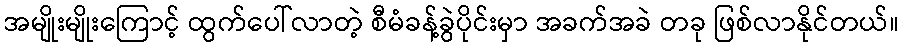
အမျိုးမျိုးကြောင့် ထွက်ပေါ်လာတဲ့ စီမံခန့်ခွဲပိုင်းမှာ အခက်အခဲ တခု ဖြစ်လာနိုင်တယ်။